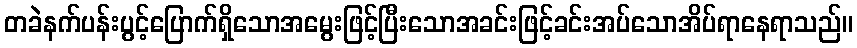
တခဲနက်ပန်းပွင့်ပြောက်ရှိသောအမွေးဖြင့်ပြီးသောအခင်းဖြင့်ခင်းအပ်သောအိပ်ရာနေရာသည်။